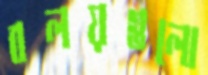
বলয়গুলো